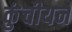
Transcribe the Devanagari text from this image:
कुंचीयन